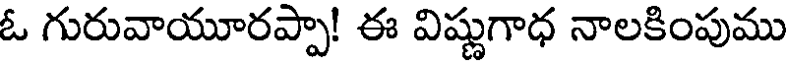
ఓ గురువాయూరప్పా! ఈ విష్ణుగాధ నాలకింపుము